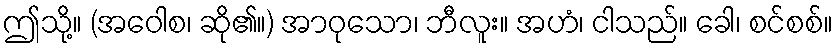
ဤသို့။ (အဝေါစ၊ ဆို၏။) အာဝုသော၊ ဘီလူး။ အဟံ၊ ငါသည်။ ခေါ၊ စင်စစ်။